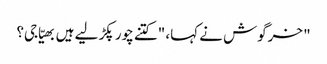
" خرگوش نے کہا، "کتنے چور پکڑ لیے ہیں بھیّا جی؟